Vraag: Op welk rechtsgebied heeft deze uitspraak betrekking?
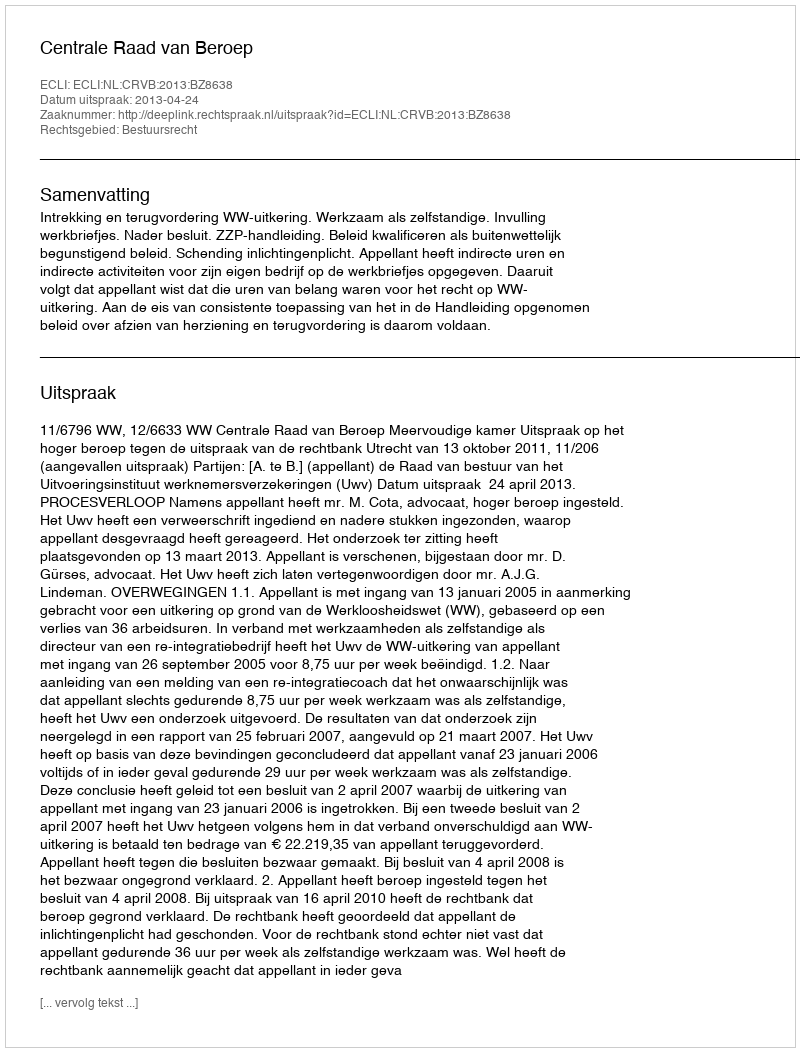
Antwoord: Bestuursrecht